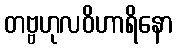
တဗ္ဗဟုလဝိဟာရိနော